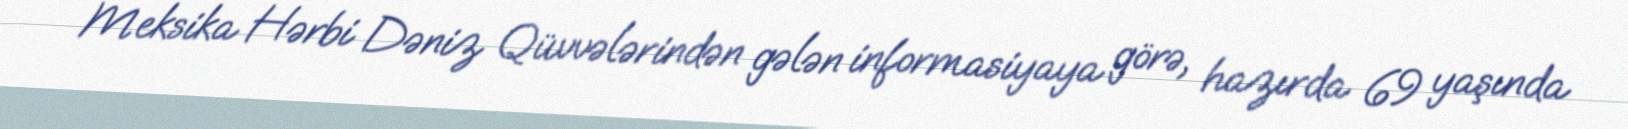
Meksika Hərbi Dəniz Qüvvələrindən gələn informasiyaya görə, hazırda 69 yaşında